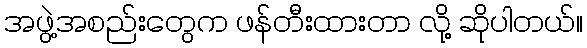
အဖွဲ့အစည်းတွေက ဖန်တီးထားတာ လို့ ဆိုပါတယ်။